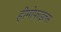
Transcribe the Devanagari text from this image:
हीमोफाइलस